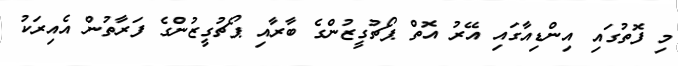
މި ފޮތުގައި އިންޑިއާގައި އޭރު އޮތް ޕޯޗުގީޒުންގެ ބާރާއި ޕޯޗުގީޒުންގެ ފަރާތުން އެއިރަކު